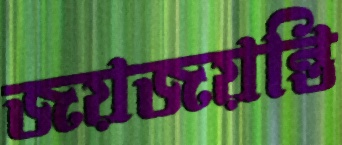
জয়জয়ন্তি